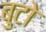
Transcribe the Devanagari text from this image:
बुटो